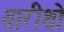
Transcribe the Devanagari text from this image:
वारीथो